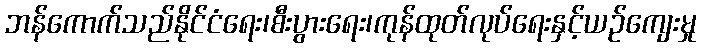
ဘန်ကောက်သည်နိုင်ငံရေး၊စီးပွားရေး၊ကုန်ထုတ်လုပ်ရေးနှင့်ယဉ်ကျေးမှု